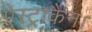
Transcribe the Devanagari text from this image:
ऐस्ट्राकैन।